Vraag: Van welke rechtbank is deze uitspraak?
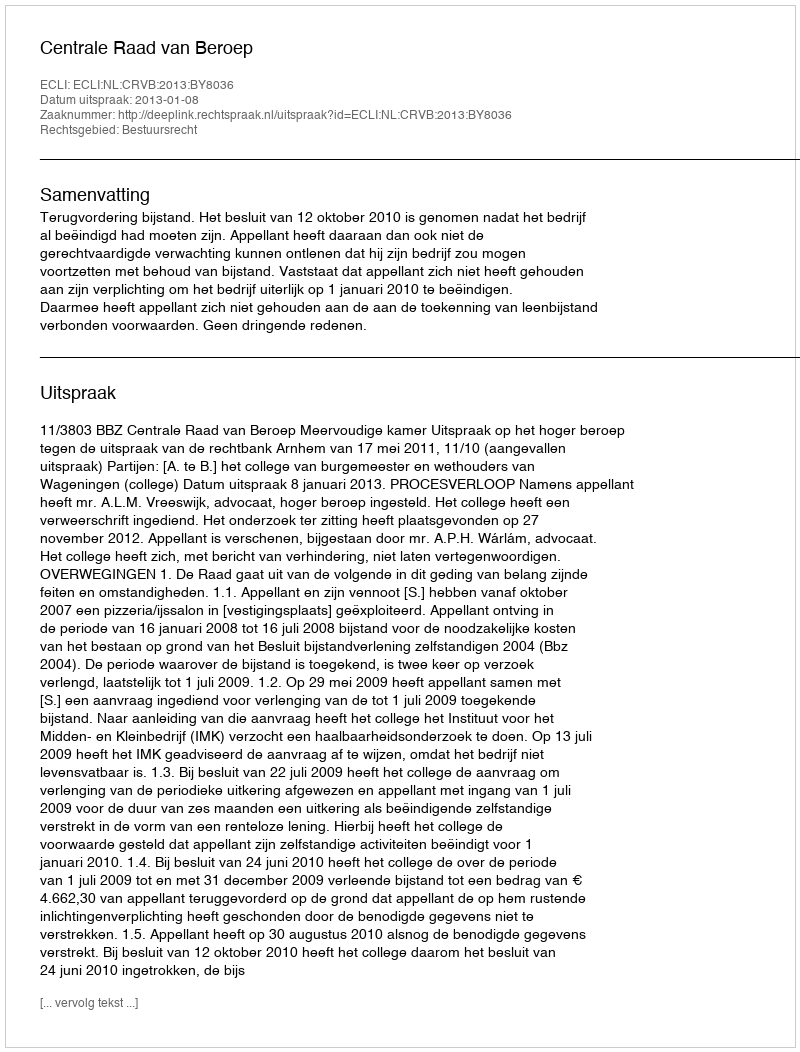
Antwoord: Centrale Raad van Beroep